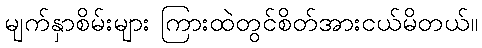
မျက်နှာစိမ်းများ ကြားထဲတွင်စိတ်အားငယ်မိတယ်။